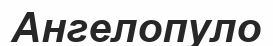
Ангелопуло